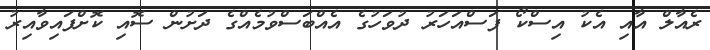
ރެއާލް އާއި އެކު އިސްކޯ ފަސްއަހަރު ދުވަހުގެ އެެއްބަސްވުމެއްގެ ދަށުން ސޮއި ކޮށްފައިވާއިރު